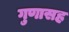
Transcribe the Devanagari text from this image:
गुणासह